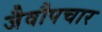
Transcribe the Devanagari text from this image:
जैवौपचार